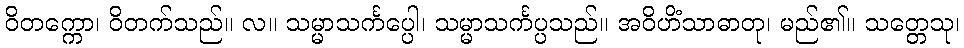
ဝိတက္ကော၊ ဝိတက်သည်။ လ။ သမ္မာသင်္ကပ္ပေါ၊ သမ္မာသင်္ကပ္ပသည်။ အဝိဟိံသာဓာတု၊ မည်၏။ သတ္တေသု၊